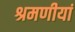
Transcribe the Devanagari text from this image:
श्रमणीयां